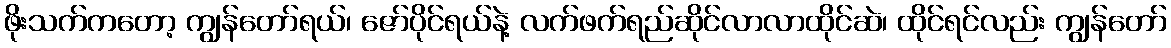
ဖိုးသက်ကတော့ ကျွန်တော်ရယ်၊ ဇော်ပိုင်ရယ်နဲ့ လက်ဖက်ရည်ဆိုင်လာလာထိုင်ဆဲ၊ ထိုင်ရင်လည်း ကျွန်တော်